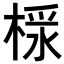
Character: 𣖩